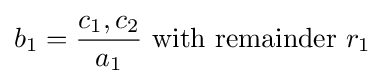
b_{1}={\frac {c_{1},c_{2}}{a_{1}}}{\mbox{ with remainder }}r_{1}